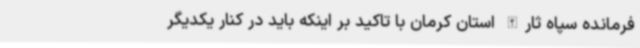
فرمانده سپاه ثارالله استان کرمان با تاکید بر اینکه باید در کنار یکدیگر